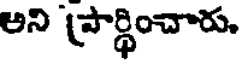
అని ప్రార్థించారు